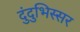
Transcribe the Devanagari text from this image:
दुंदुभिस्सर